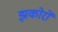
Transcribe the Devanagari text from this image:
झकोरों